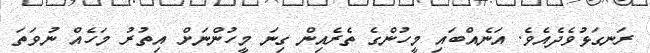
ރަނގަޅުވެދެއެވެ. އަނެއްބައި މީހުންގެ ތެރެއިން ގިނަ މީހުންނަށް އިތުރު މަހެއް ނުވަތަ